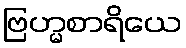
ဗြဟ္မစာရိယေ